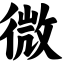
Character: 微